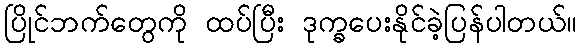
ပြိုင်ဘက်တွေကို ထပ်ပြီး ဒုက္ခပေးနိုင်ခဲ့ပြန်ပါတယ်။